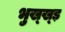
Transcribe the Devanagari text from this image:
भुख्ख्ड़